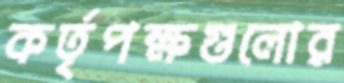
কর্তৃপক্ষগুলোর